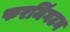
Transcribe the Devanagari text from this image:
फरमिंगटन